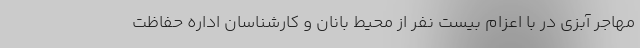
مهاجر آبزی در با اعزام بیست نفر از محیط بانان و کارشناسان اداره حفاظت